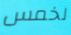
لخمس